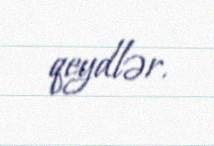
qeydlər.